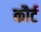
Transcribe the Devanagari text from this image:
कौर्ट